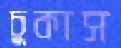
চুকাস